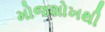
મોજશોખથી